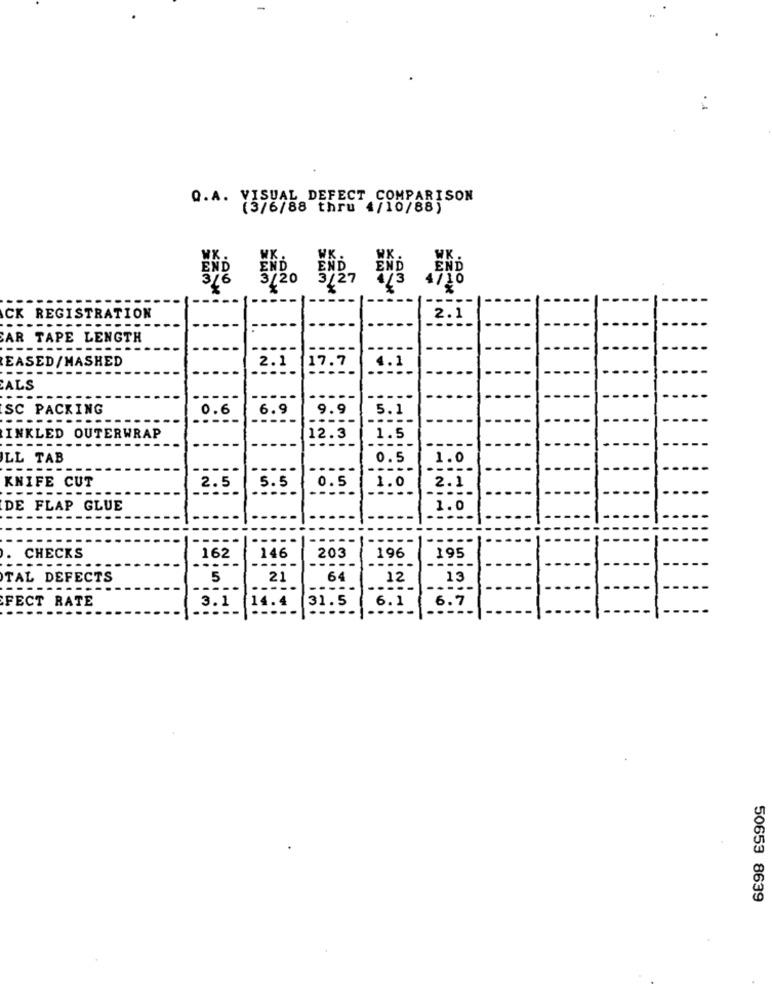
Q.A. VISUAL DEFECT COMPARISON
(3/6/88 thru 4/10/88)
WK.
WK
WK .
WX .
WK
END
END
END
END
END
3/6
3/20
3/27
4/3
4/10
-----
-----
CK REGISTRATION
--
2.1
------
-----
-----
CAR TAPE LENGTH
--
--
EASED/MASHED
------
----
2.1
17.7
4.1
--
CALS
----
---
----
SC PACKING
0.6
6.9
5.1
............
9.9
--
INKLED OUTERWRAP
------
12.3
1.5
----
-------
LL TAB
0.5
1.0
==---- -
-----
KNIFE CUT
5.5
1.0
2.1
-------
2.5
0.5
----
DE FLAP GLUE
1.0
----
146
196
CHECKS
162
---
203
195
---
------
---
TAL DEFECTS
5
64
12
13
---
----
----
-----
FECT RATE
3.1
31.5
6.1
6.7
----
14.4
-----
50653 8639